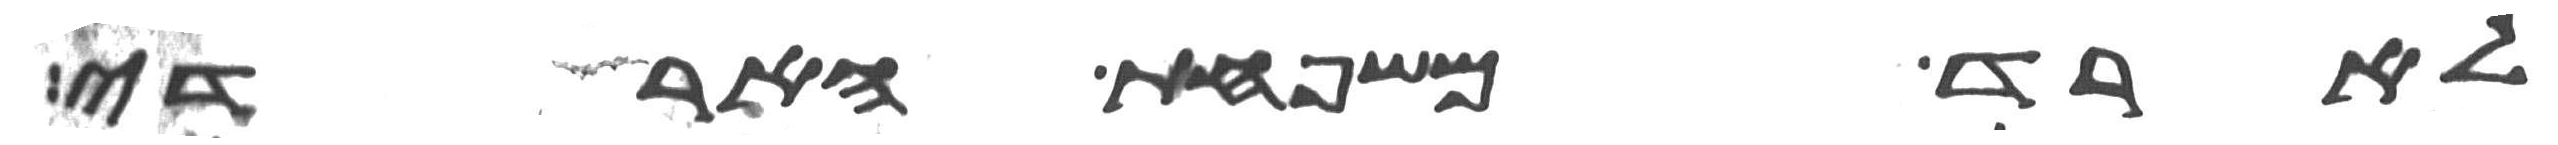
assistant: לארד משפחת הארדי